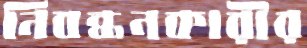
নিবন্ধনকারীর